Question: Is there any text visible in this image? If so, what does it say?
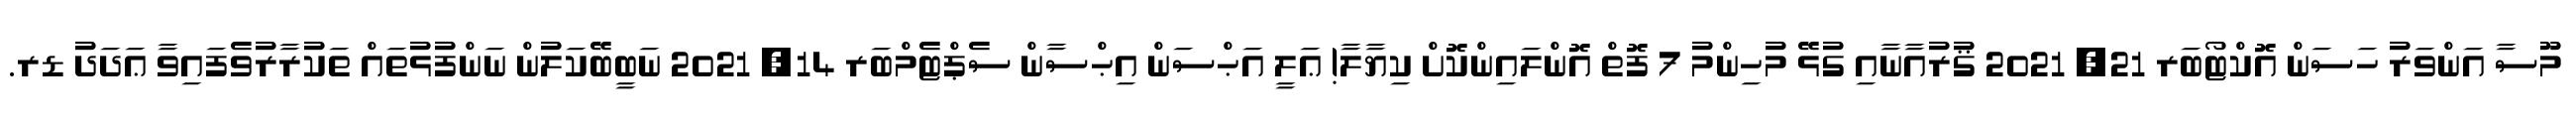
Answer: މޫސާ އަންވަރު ހަސަން އޮކްޓޯބަރ 21, 2021 ޤުރުއާނާއި ގުޅޭ މުހިންމު 7 ފޮތް އޮންލައިންކޮށް ކިޔާލާ! ޢަލީ އަޙްސަން އިޙްސާން ސެޕްޓެމްބަރ 14, 2021 ނަބީބޭކަލުން ނަންފުޅުތައް ތަކުރާރުވެފައިވާ ޢަދަދު ޑރ.